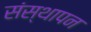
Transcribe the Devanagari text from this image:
संस्‍थापन